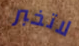
لاتخبر